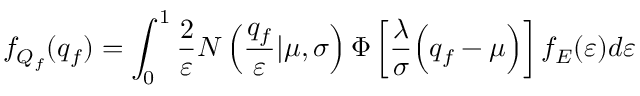
f _ { Q _ { f } } ( q _ { f } ) = \int _ { 0 } ^ { 1 } \frac { 2 } { \varepsilon } N \left( \frac { q _ { f } } { \varepsilon } | \mu , \sigma \right) \Phi \left[ \frac { \lambda } { \sigma } \Bigl ( q _ { f } - \mu \Bigr ) \right] f _ { E } ( \varepsilon ) d \varepsilon